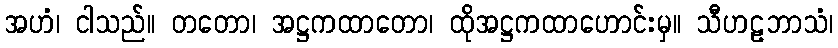
အဟံ၊ ငါသည်။ တတော၊ အဋ္ဌကထာတော၊ ထိုအဋ္ဌကထာဟောင်းမှ။ သီဟဠဘာသံ၊